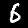
Digit: 6